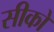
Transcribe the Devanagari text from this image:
सीको